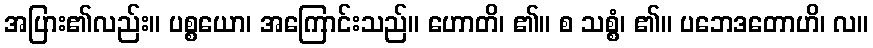
အပြား၏လည်း။ ပစ္စယော၊ အကြောင်းသည်။ ဟောတိ၊ ၏။ စ သစ္စံ၊ ၏။ ပဘေဒတောဟိ၊ လ။